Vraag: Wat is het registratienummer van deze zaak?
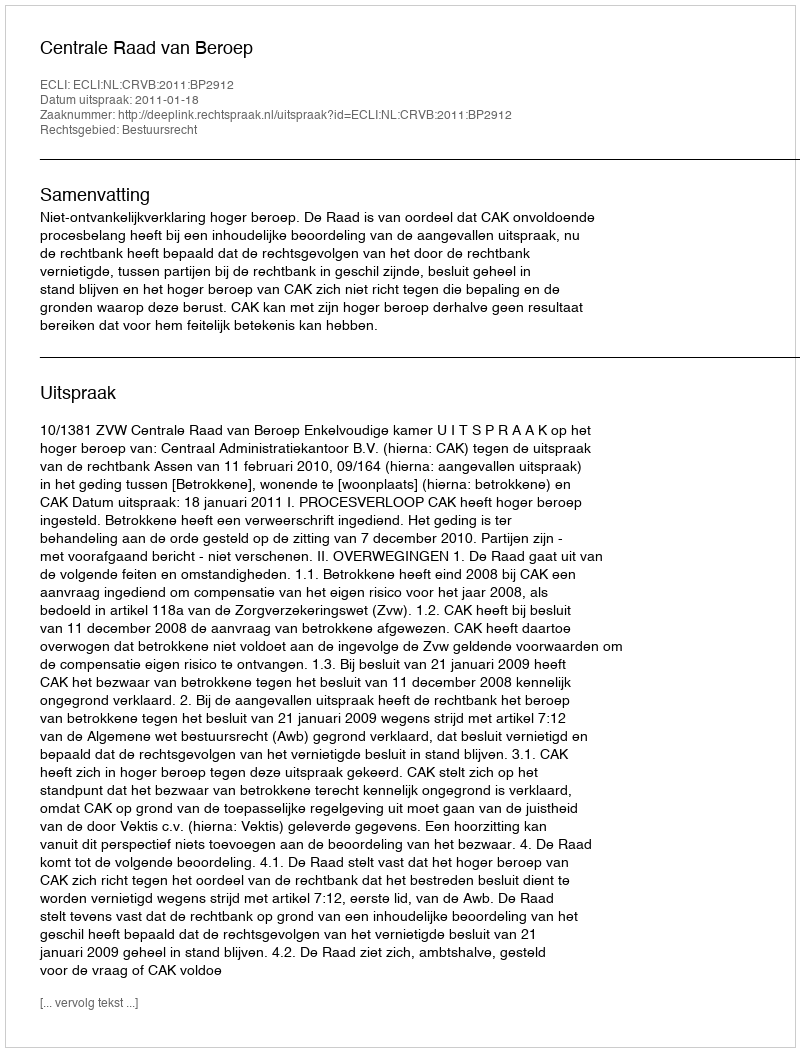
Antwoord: http://deeplink.rechtspraak.nl/uitspraak?id=ECLI:NL:CRVB:2011:BP2912